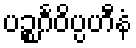
ပဉ္စင်္ဂဝိပ္ပဟီနံ